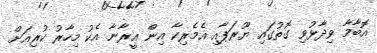
އޮބާމާ ވިދާޅުވި ގޮތުގައި ޔޫރަޕާއި އެމެރިކާ އިން އީރާނާ އެކު މިހާރު ކުރިއަށް